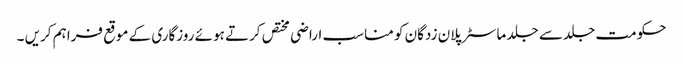
حکومت جلد سے جلد ماسٹر پلان زدگان کو مناسب اراضی مختص کرتے ہوئے روزگاری کے موقع فراہم کریں ۔